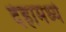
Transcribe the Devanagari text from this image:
देहामध्ये